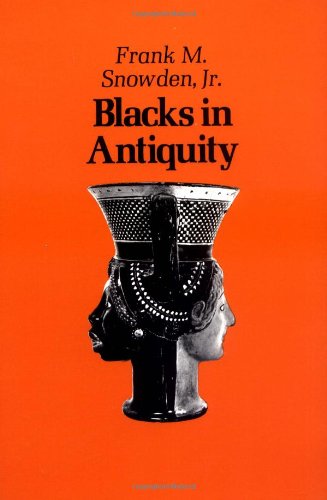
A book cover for Blacks in Antiquity: Ethiopians in the Greco-Roman Experience; Frank M. Snowden; History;